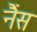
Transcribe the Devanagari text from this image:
नैंस